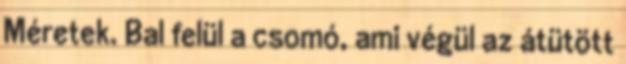
Méretek. Bal felül a csomó, ami végül az átütött